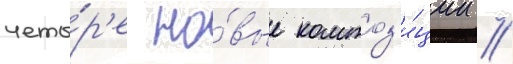
четы́р'е но́вые композ'и́ции //